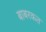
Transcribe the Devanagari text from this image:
बाबरकत